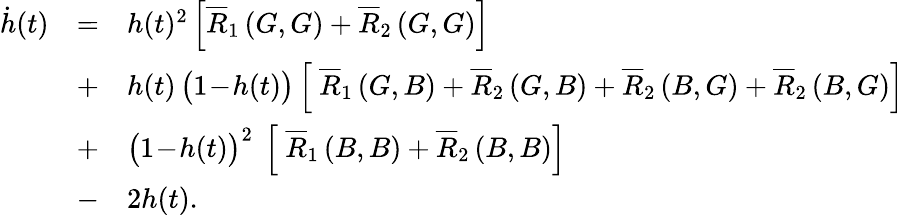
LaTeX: \begin{array}{lll}{\dot{h}(t)}&{=}&{h(t)^{2}\left[\overline{{R}}_{1}\left(G,G\right)+\overline{{R}}_{2}\left(G,G\right)\right]}\\ &{+}&{h(t)\, \big(1\! -\! h(t)\big)\left[~\overline{{R}}_{1}\left(G,B\right)+\overline{{R}}_{2}\left(G,B\right)+\overline{{R}}_{2}\left(B,G\right)+\overline{{R}}_{2}\left(B,G\right)\right]}\\ &{+}&{\big(1\! -\! h(t)\big)^{2}~\left[~\overline{{R}}_{1}\left(B,B\right)+\overline{{R}}_{2}\left(B,B\right)\right]}\\ &{-}&{2h(t).}\end{array}